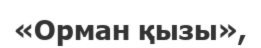
«Орман қызы»,